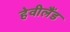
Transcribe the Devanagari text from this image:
हेवीलैंड